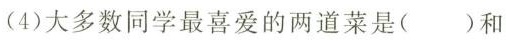
(4)大多数同学最喜爱的两道菜是( )和